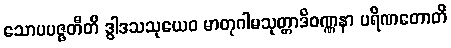
သောပပဇ္ဇတီတိ ဒွါဒသသုယေဝ မာတုဂါမသုတ္တာဒိဝဏ္ဏနာ ပရိဏတောတိ